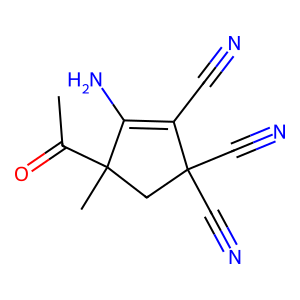
SMILES: CC(=O)C1(C)CC(C#N)(C#N)C(C#N)=C1N
Inhibits HIV replication: No